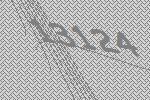
13124